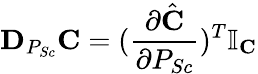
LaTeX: \textbf{D}_{P_{Sc}}\textbf{C}=(\frac{\partial\hat{\textbf{C}}}{\partial P_{Sc}})^{T}\mathbb{I}_{\textbf{C}}